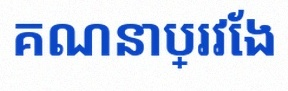
គណនាប្រវែង